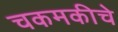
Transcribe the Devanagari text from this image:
चकमकीचे